Vaccination United Provinces of Agra and Oudh 1914-1922 - 1914-1922
Year: 1914
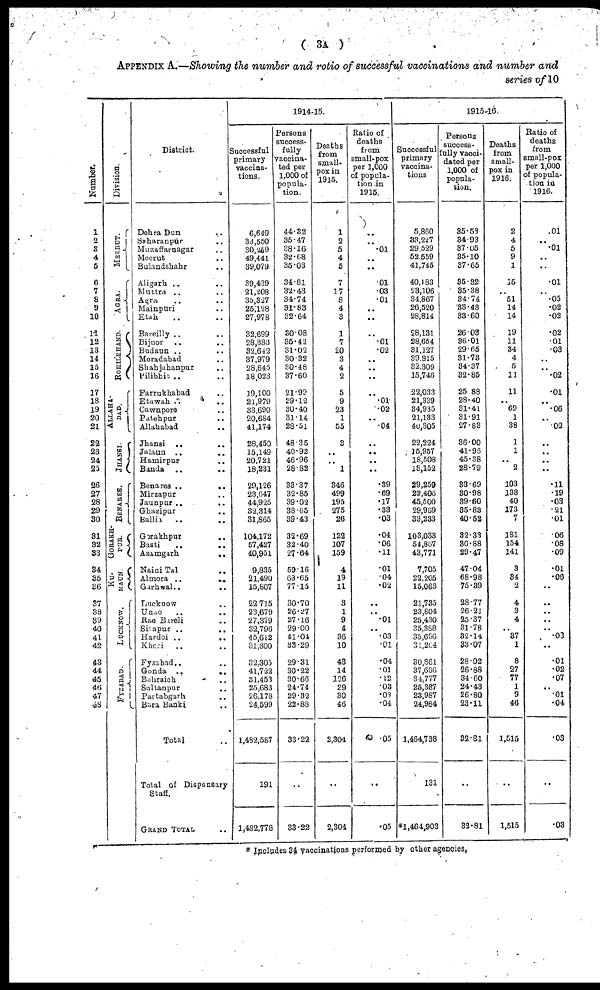
( 3A )
APPENDIX A.—Showing the number and ratio of successful vaccinations and number and
series of 10
Number.
1
2
3
4
5
6
7
8
9
10
11
12
13
14
15
16
17
18
19
20
21
22
23
24
25
26
27
28
29
30
31
32
33
34
35
36
37
38
39
40
41
42
43
44
45
46
47
48
Division.
MERRUT.
AGRA.
ROHILKHAND.
ALLAHA-
---.
JHANSI.
BENARES.
GORAKH-
PUR.
KU-
MAUN.
LUCKNOW.
FYZABAD.
District.
Dehra Dun ..
Saharanpur ..
Muzaffarnagar ..
Meerut ..
Bulandshahr ..
Aligarh .. ..
Muttra .. ..
Agra .. ..
Mainpuri ..
Etah .. ..
Bareilly .. ..
Bijnor .. ..
Budaun .. ..
Moradabad ..
Shahjahanpur ..
Pilibhit .. ..
Farrukhabad ..
Etawah ..
..
Cawnpore ..
Patehpur ..
Allahabad ..
Jhansi .. ..
Jalaun .. ..
Hamirpur ..
Banda ..
..
Benares ..
..
Mirzapur ..
Jaunpur ..
..
Ghazipur ..
Ballia .. ..
Gorakhpur
..
Basti
..
..
Azamgarh
..
Naini Tal ..
Almora ..
..
Garhwal..
..
Lucknow ..
Unao
..
..
Rae Bareli ..
Sitapur ..
..
Hardoi ..
..
Kheri .. ..
Fyzabad .. ..
Gonda ..
..
Bahraich ..
Sultanpur
..
Partabgarh ..
Bara Banki
..
Total ..
Total of Dispensary
Staff.
GRAND TOTAL ..
1914-15.
Successful
primary
vaccina-
tions.
6,649
33,550
30,259
49,441
39,079
39,439
21,208
35,327
25,128
27,978
32,699
28,383
32,642
37,979
28,645
18,023
19,100
21,979
33,690
20,684
41,174
28,450
15,149
20,721
18,231
29,126
23,647
44,925
32,314
31,865
104,172
57,427
40,951
9,835
21,490
15,807
22,715
23,679
27,379
32,796
45,612
31,300
32,305
41,722
31,453
25,683
26,178
24,599
1,482,587
191
1,482,778
Persons
success-
fully
vaccina-
ted per
1,000 of
popula-
tion.
44.32
35.47
38.16
32.68
35.03
34.81
32.43
34.74
31.83
32.64
30.08
35.42
31.02
30.32
30.48
37.60
21.99
29.12
30.40
31.14
28.51
48.35
40.92
46.96
28.82
33.37
32.85
39.02
38.65
39.43
32.69
32.40
27.64
59.16
68.65
77.15
30.70
26.27
27.16
29.00
41.04
33.29
29.31
30.22
30.66
24.74
29.32
22.88
33.22
..
33.22
Deaths
from
small-
pox in
1915.
1
2
5
4
5
7
17
8
4
3
1
7
20
3
4
2
5
9
23
1
55
3
..
..
1
346
499
195
275
26
122
107
159
4
19
11
3
1
9
4
36
10
43
14
126
29
30
46
2,304
..
2,304
Ratio of
deaths
from
small-pox
per 1,000
of popula-
tion in
1915.
..
..
.01
..
..
.01
.03
.01
..
..
..
.01
.02
..
..
..
..
.01
.02
..
.04
..
..
..
..
.39
.69
.17
.33
.03
.04
.06
.11
.01
.04
.02
..
..
.01
..
.03
.01
.04
.01
.12
.03
.03
.04
.05
..
.05
1915-16.
Successful
primary
vaccina-
tions
5,860
33,227
29,529
52,559
41,745
40,183
23,106
34,867
26,520
28,814
28,131
28,654
31,127
39,815
32,309
15,746
22,033
21,339
34,935
21,133
40,305
22,224
15,957
18,508
18,152
29,259
22,406
45,500
29,969
33,233
103,033
54,867
43,771
7,705
22,205
15,063
21,735
23,804
25,430
35,388
35,696
31,264
30,861
37,636
34,777
25,387
23,987
24,984
1,464,738
131
*1,464,903
Persons
success-
fully vacci-
nated per
1,000 of
popula-
tion.
35.58
34.93
37.05
35.10
37.65
35.32
35.38
34.74
33.43
33.60
26.09
36.01
29.65
31.73
34.37
32.85
25.88
28.40
31.41
31.91
27.83
36.00
41.96
45.38
28.79
33.69
30.98
39.60
35.83
40.52
32.33
30.88
29.47
47.04
68.98
75.39
28.77
26.21
25.37
31.78
32.14
33.07
28.02
26.88
34.60
24.43
26.80
23.11
32.81
..
32.81
Deaths
from
small-
pox in
1916.
2
4
5
9
1
15
..
51
14
14
19
11
34
4
5
11
11
..
69
1
38
1
1
..
2
103
138
40
173
7
181
154
141
3
34
2
4
3
4
..
37
1
8
27
77
1
9
46
1,515
..
1,515
Ratio of
deaths
from
small-pox
per 1,000
of popula-
tion in
1916.
.01
..
.01
..
..
.01
..
.05
.02
.02
.02
.01
.03
..
..
.02
.01
..
.06
..
.02
..
..
..
..
.11
.19
.03
.21
.01
.06
.08
.09
.01
.06
..
..
..
..
..
.03
..
.01
.02
.07
..
.01
.04
.03
..
.03
* Includes 34 vaccinations performed by other agencies.